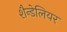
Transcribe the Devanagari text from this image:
शैन्डेलियर